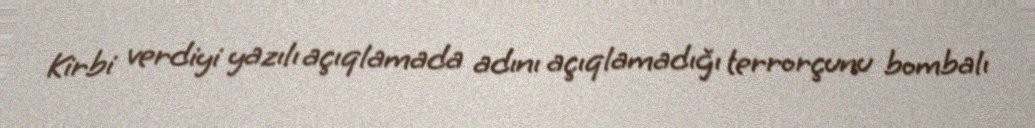
Kirbi verdiyi yazılı açıqlamada adını açıqlamadığı terrorçunu bombalı